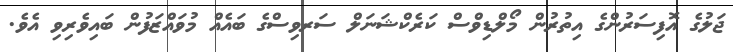
ޖަލުގެ އޮފިސަރުންގެ އިތުރުން މޯލްޑިވްސް ކަރެކްޝަނަލް ސަރވިސްގެ ބައެއް މުވައްޒަފުން ބައިވެރިވި އެވެ.